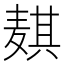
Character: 𬹊